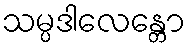
သမ္ပဒါလေန္တော